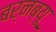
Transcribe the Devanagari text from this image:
बर्नब्यू